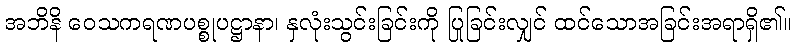
အဘိနိ ဝေသကရဏပစ္စုပဋ္ဌာနာ၊ နှလုံးသွင်းခြင်းကို ပြုခြင်းလျှင် ထင်သောအခြင်းအရာရှိ၏။